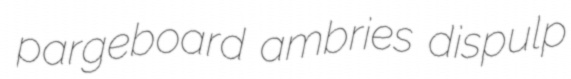
pargeboard ambries dispulp